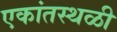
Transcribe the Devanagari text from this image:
एकांतस्थळी